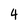
Character: 4